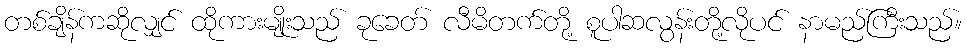
တစ်ချိန်ကဆိုလျှင် ထိုကားမျိုးသည် ခုခေတ် လီမိတက်တို့ စူပါဆလွန်းတို့လိုပင် နာမည်ကြီးသည်။